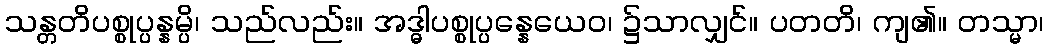
သန္တတိပစ္စုပ္ပန္နမ္ပိ၊ သည်လည်း။ အဒ္ဓါပစ္စုပ္ပန္နေယေဝ၊ ၌သာလျှင်။ ပတတိ၊ ကျ၏။ တသ္မာ၊